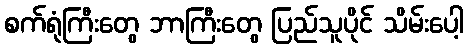
စက်ရုံကြီးတွေ ဘာကြီးတွေ ပြည်သူပိုင် သိမ်းပေါ့